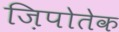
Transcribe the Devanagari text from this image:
ज़िपोतेक